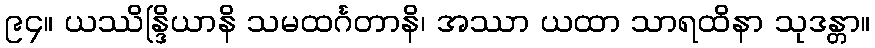
၉၄။ ယဿိန္ဒြိယာနိ သမထင်္ဂတာနိ၊ အဿာ ယထာ သာရထိနာ သုဒန္တာ။